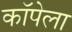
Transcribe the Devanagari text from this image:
कॉपेला